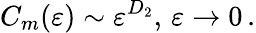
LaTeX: C_{m}(\varepsilon)\sim\varepsilon^{D_{2}},\, \varepsilon\rightarrow 0\, .